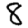
Digit: 8